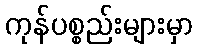
ကုန်ပစ္စည်းများမှာ